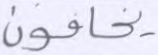
يخافون